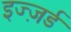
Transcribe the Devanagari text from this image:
इज्ज़र्ड